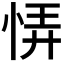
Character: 𢙱